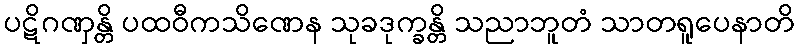
ပဋိဂဏှန္တိ ပထဝီကသိဏေန သုခဒုက္ခန္တိ သညာဘူတံ သာတရူပေနာတိ